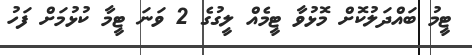
ޓީމު ބައްދަލުކޮށް މޮޅުވާ ޓީމެއް ލީގުގެ 2 ވަނަ ޓީމާ ކުޅުމަށް ފަހު